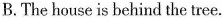
B. The house is behind the tree.